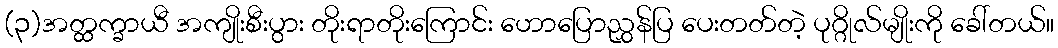
(၃)အတ္ထက္ခာယီ အကျိုးစီးပွား တိုးရာတိုးကြောင်း ဟောပြောညွှန်ပြ ပေးတတ်တဲ့ ပုဂ္ဂိုလ်မျိုးကို ခေါ်တယ်။